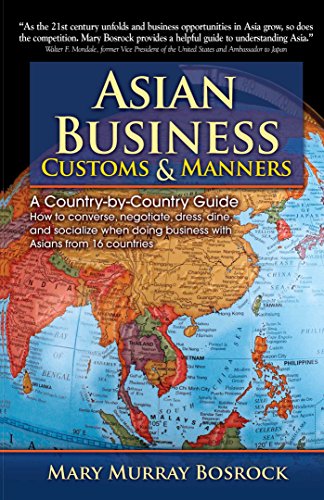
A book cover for Asian Business Customs & Manners: A Country-by-Country Guide; Mary Murray Bosrock; Travel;